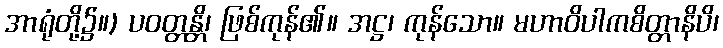
အာရုံတို့၌။) ပဝတ္တန္တိ၊ ဖြစ်ကုန်၏။ အဋ္ဌ၊ ကုန်သော။ မဟာဝိပါကစိတ္တာနိပိ၊